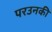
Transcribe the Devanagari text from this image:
परउनकी